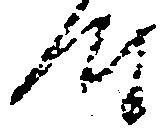
時